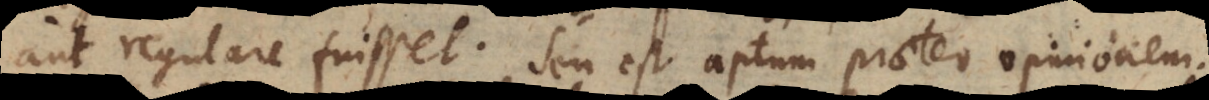
aut regulare fuisset. Seu est aptum praeter opinionem.